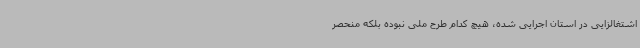
اشتغالزایی در استان اجرایی شده، هیچ کدام طرح ملی نبوده بلکه منحصر